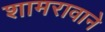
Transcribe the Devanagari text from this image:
शामरावाने